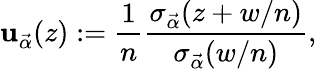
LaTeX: \mathbf{u}_{\vec{{\alpha}}}(z):=\frac{{1}}{{n}}\frac{{\sigma_{\vec{{\alpha}}}(z+w/n)}}{{\sigma_{\vec{{\alpha}}}(w/n)}},